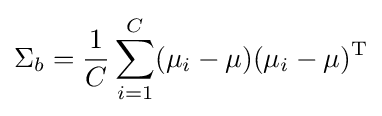
\Sigma _{b}={\frac {1}{C}}\sum _{i=1}^{C}(\mu _{i}-\mu )(\mu _{i}-\mu )^{\mathrm {T} }